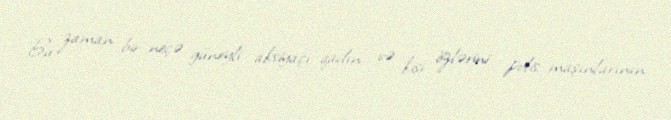
Bu zaman bir neçə güneyli aksiyaçı qadın və kişi özlərini polis maşınlarının